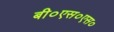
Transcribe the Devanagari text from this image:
बी०एस०एस०